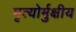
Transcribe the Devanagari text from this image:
मृत्‍योर्मुक्षीय